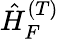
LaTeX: \hat{H}_{F}^{(T)}